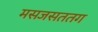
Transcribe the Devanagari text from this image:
मसजसततग